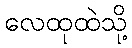
လေထုထဲသို့